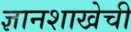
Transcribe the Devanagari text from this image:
ज्ञानशाखेची